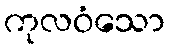
ကုလဝံသော